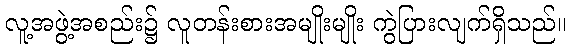
လူ့အဖွဲ့အစည်း၌ လူတန်းစားအမျိုးမျိုး ကွဲပြားလျက်ရှိသည်။